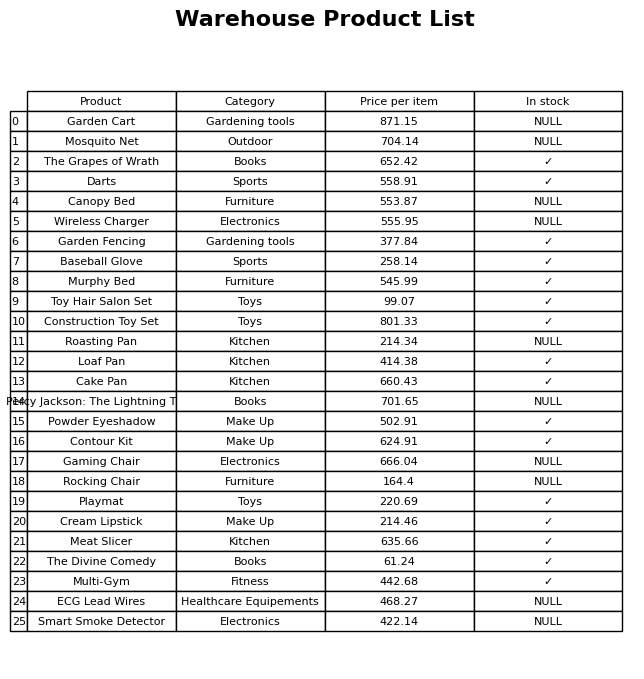
question: Which products are available in stock?
answer: The Grapes of Wrath, Darts, Garden Fencing, Baseball Glove, Murphy Bed, Toy Hair Salon Set, Construction Toy Set, Loaf Pan, Cake Pan, Powder Eyeshadow, Contour Kit, Playmat, Cream Lipstick, Meat Slicer, The Divine Comedy, Multi-Gym